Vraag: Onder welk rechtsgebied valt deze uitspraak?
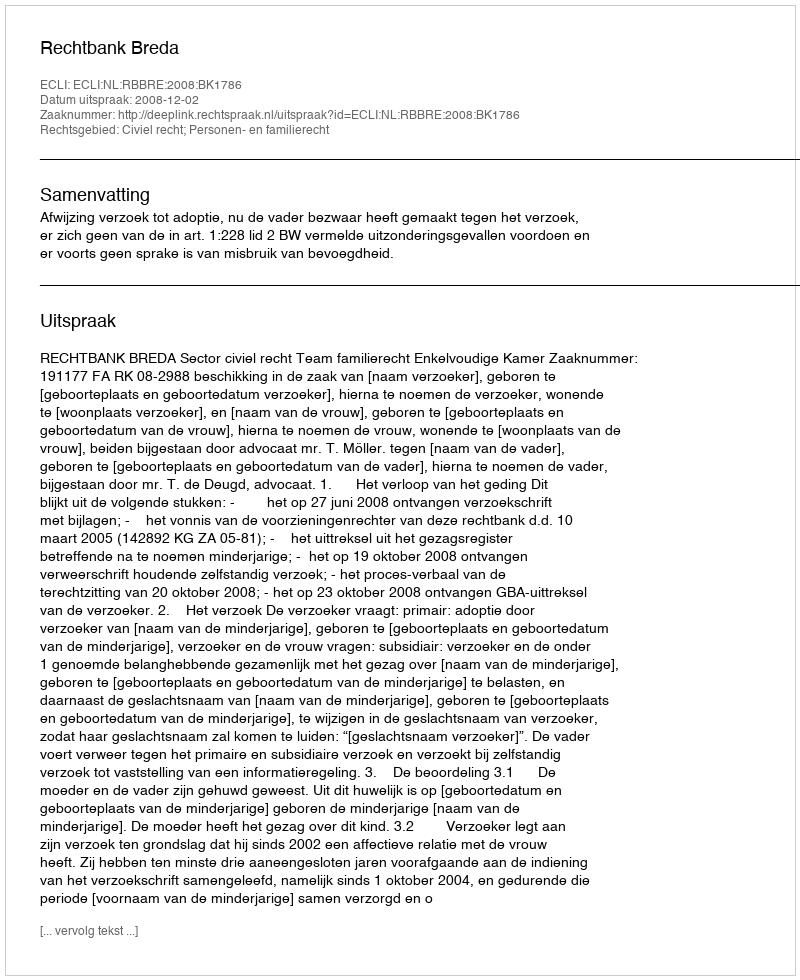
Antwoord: Civiel recht; Personen- en familierecht